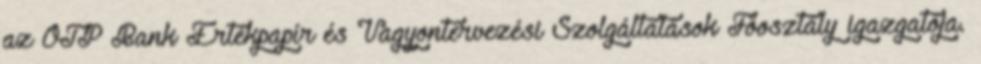
az OTP Bank Értékpapír és Vagyontervezési Szolgáltatások Főosztály igazgatója.